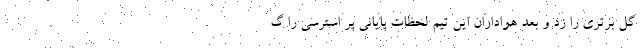
گل برتری را زد و بعد هواداران این تیم لحظات پایانی پر استرسی را گ